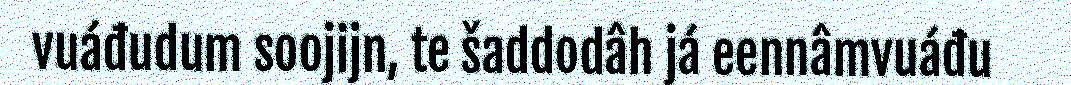
vuáđudum soojijn, te šaddodâh já eennâmvuáđu